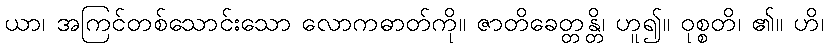
ယာ၊ အကြင်တစ်သောင်းသော လောကဓာတ်ကို။ ဇာတိခေတ္တန္တိ၊ ဟူ၍။ ဝုစ္စတိ၊ ၏။ ဟိ၊